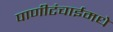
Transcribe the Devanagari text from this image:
पाणीटंचाईमधे